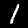
Digit: 1